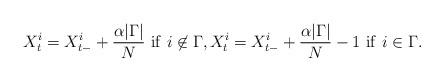
LaTeX: \begin{align*}X^{i}_{t} = X^{i}_{t-} + \frac{\alpha |\Gamma|}{N} \ \mathrm{if}\ i\not\in\Gamma, X^{i}_t =X^{i}_{t-} + \frac{\alpha |\Gamma|}{N} - 1 \ \mathrm{if}\ i\in\Gamma.\end{align*}